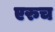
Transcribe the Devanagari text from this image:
एरुच